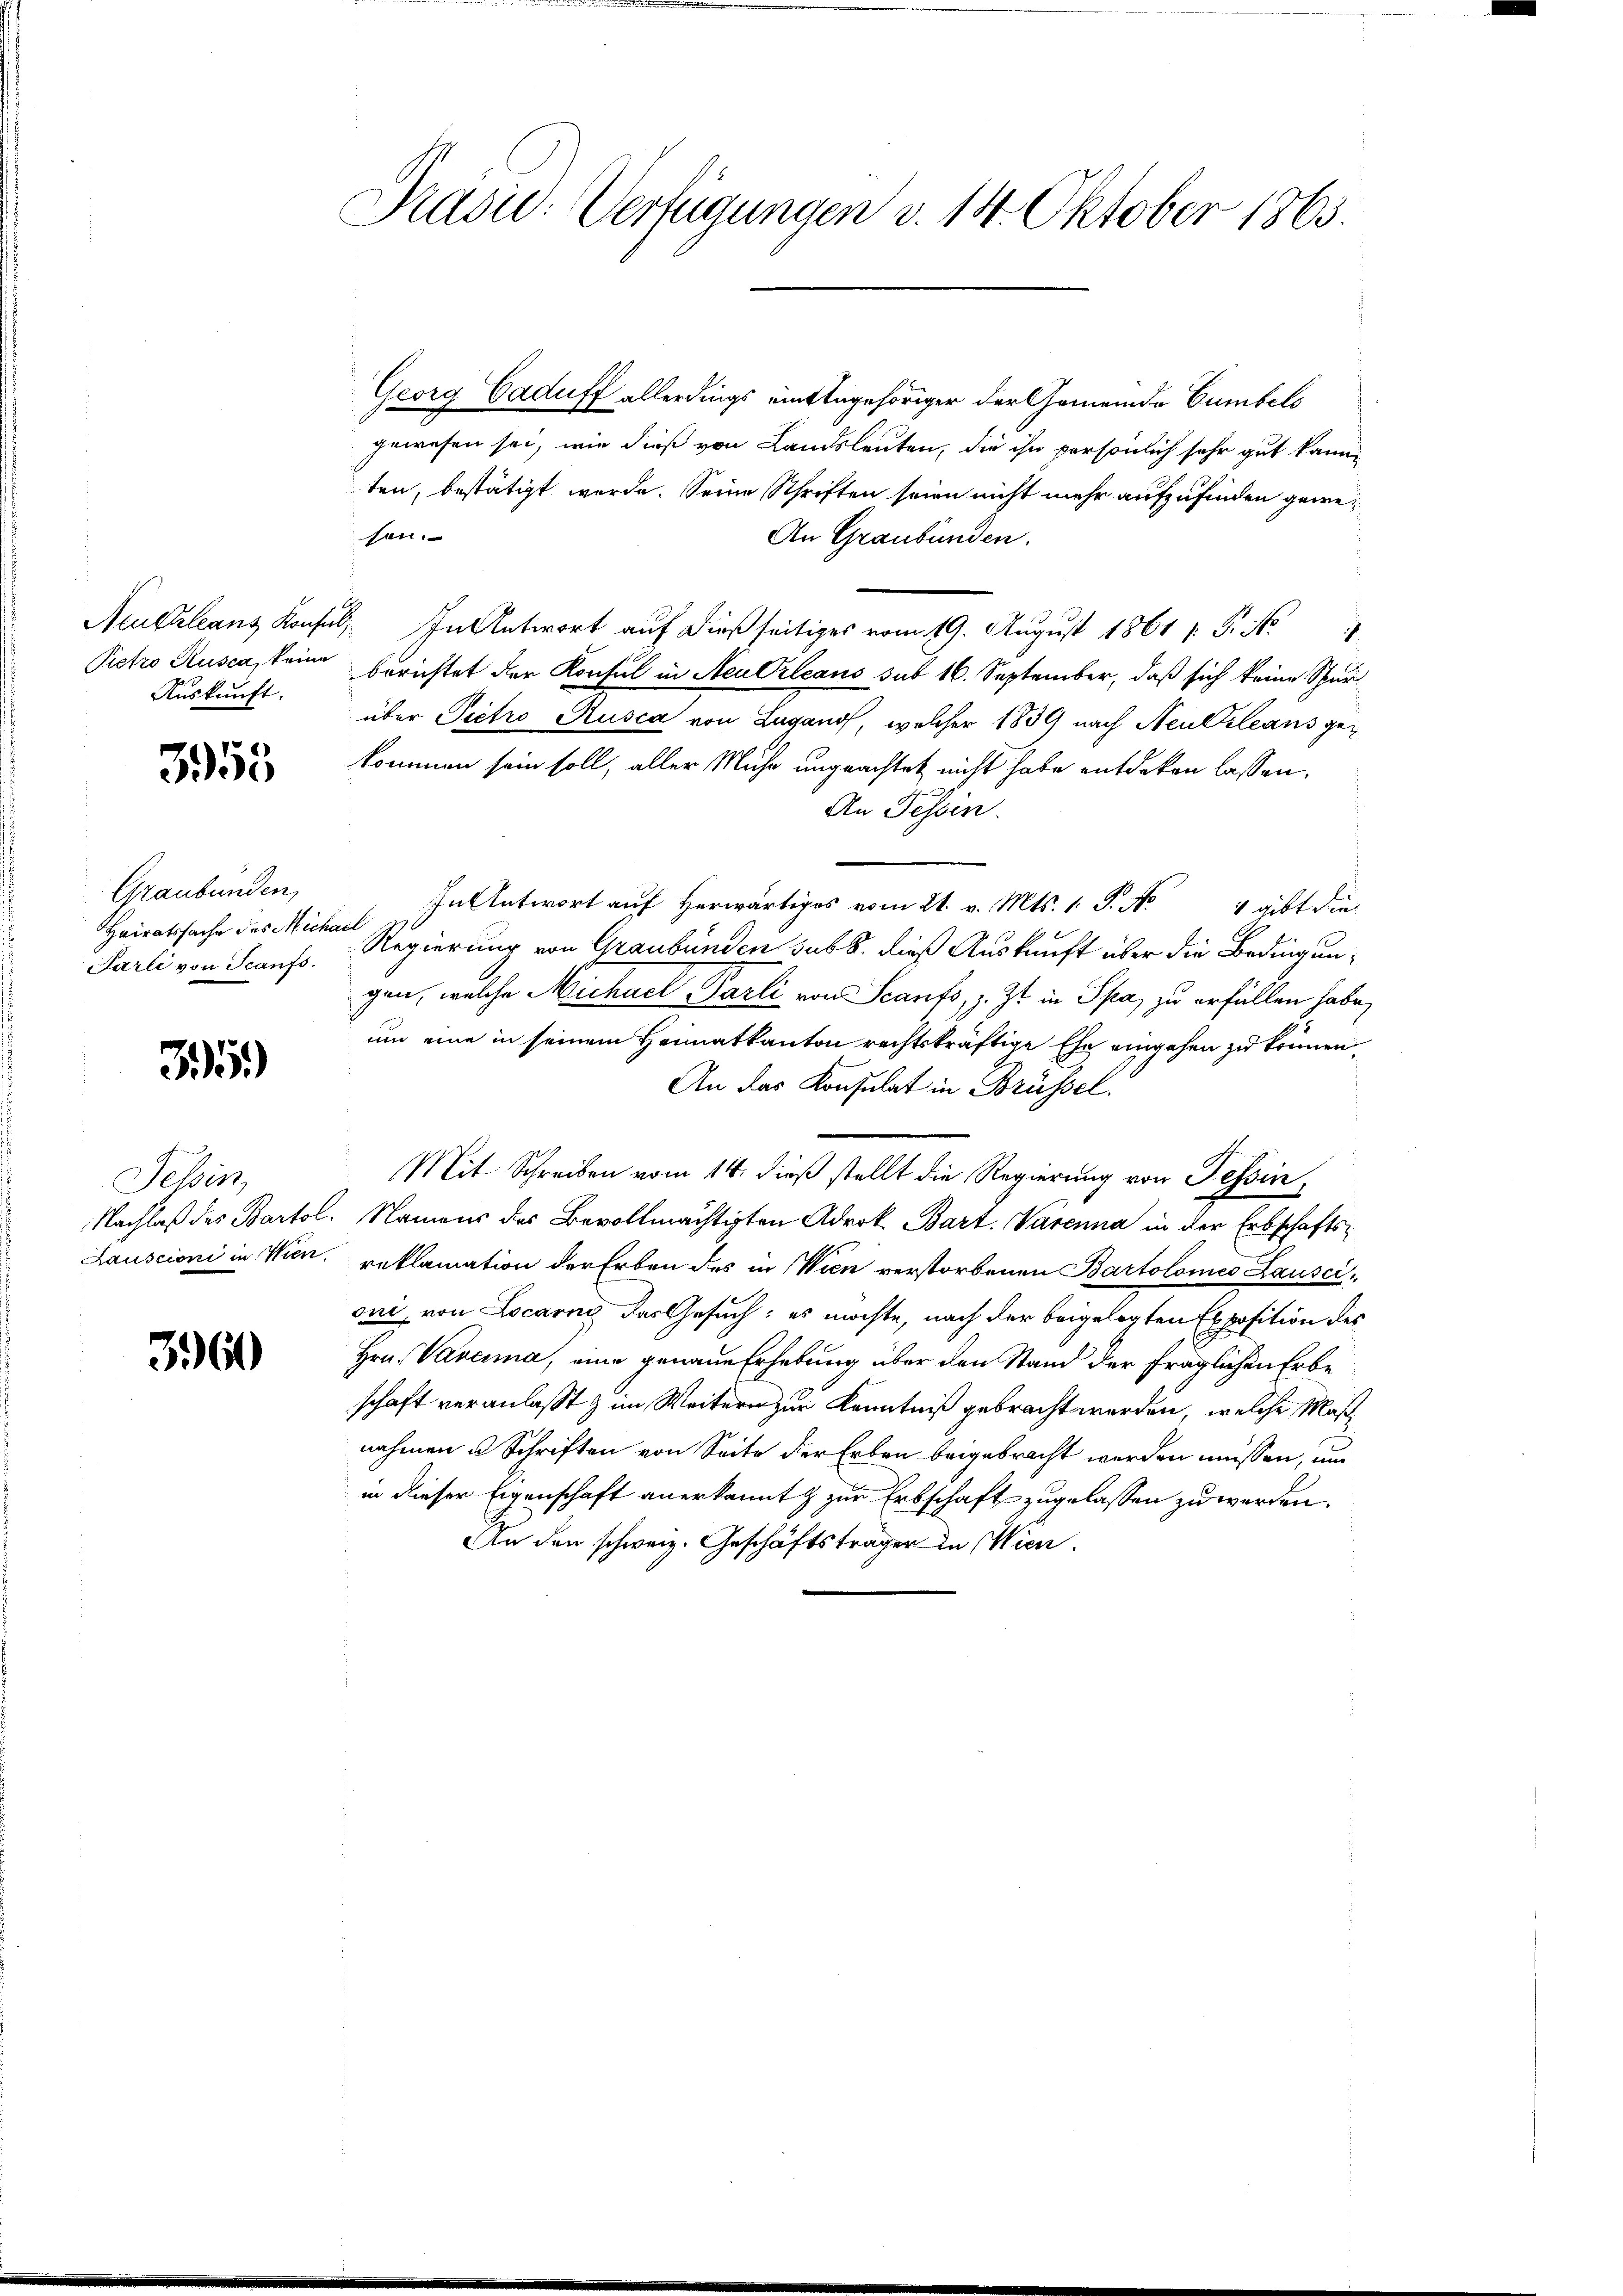
Pietro Rusca, keine
Auskunft.

353

Graubünden,
Heiratssache des Micha
Parli von Scanfs.

35.)

Tessin,
Nachlaß des Bartol.
Rauscioni in Wien.

360

Pašić: Verfügungen v. 14. Oktober 1863.

Georg Caduff allerdings eintengehöriger der Gemeinde Cumbels
gewesen sei, wie dieß von Landsleuten, die ihn persönlich sehr gut kann
ten, bestätigt werde. Seine Schriften seien nicht mehr aufzufinden gewesen.
An Graubünden.
Neukleans Konsul, In Antwort auf dießseitiges vom 19. August 1861 f. Fr. No
berichtet der Konsul in Neu Orleans sub 16. September, daß sich keine Spurüber Pietro Ausca von Lugano, welcher 1839 nach Neukleans gekommen sein soll, aller Muhe ungeachtet nicht habe entdeken lassen.
An Tessin.
In Antwort auf herwärtiges vom 21. v. Mts. 1. S. No 4 gibt die
il
Regierung von Graubünden sub b. dieß Auskunft über die Bedingungen, welche Michael Parli von Scanfs, z. Zt. in Spa, zu erfüllen habe,
um eine in seinem Heimatkanton rechtskräftige Ehe eingehen zu können.
An das Konsulat in Brüssel.
Mit Schreiben vom 14. dieß stellt die Regierung von Tessin,
Namens der Bevollmächtigten Adrok. Bart. Varenna in der Erbschaftsreklamation der Erben des in Wien verstorbenen Bartolomes Lauscioni, von Locarny das Gesuch: es möchte, nach der beigelegten Exposition des
Hrn. Vereima, eine genaue Erhebung über den Stand der fraglichen Erbeschaft veranlaßt & im Weitern zur Kenntniß gebracht werden, welche Maßnahmen u Schriften von Seite der Erben beigebracht werden müssen, und
in dieser Eigenschaft anerkannt & zur Erbschaft zugelassen zu werden.
An den schweiz. Geschäftsträger in Wien.